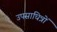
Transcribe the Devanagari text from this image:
उपसाधित्रों